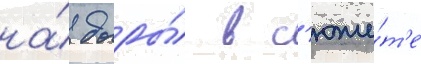
на́ дыры́ в с'юже́т'е